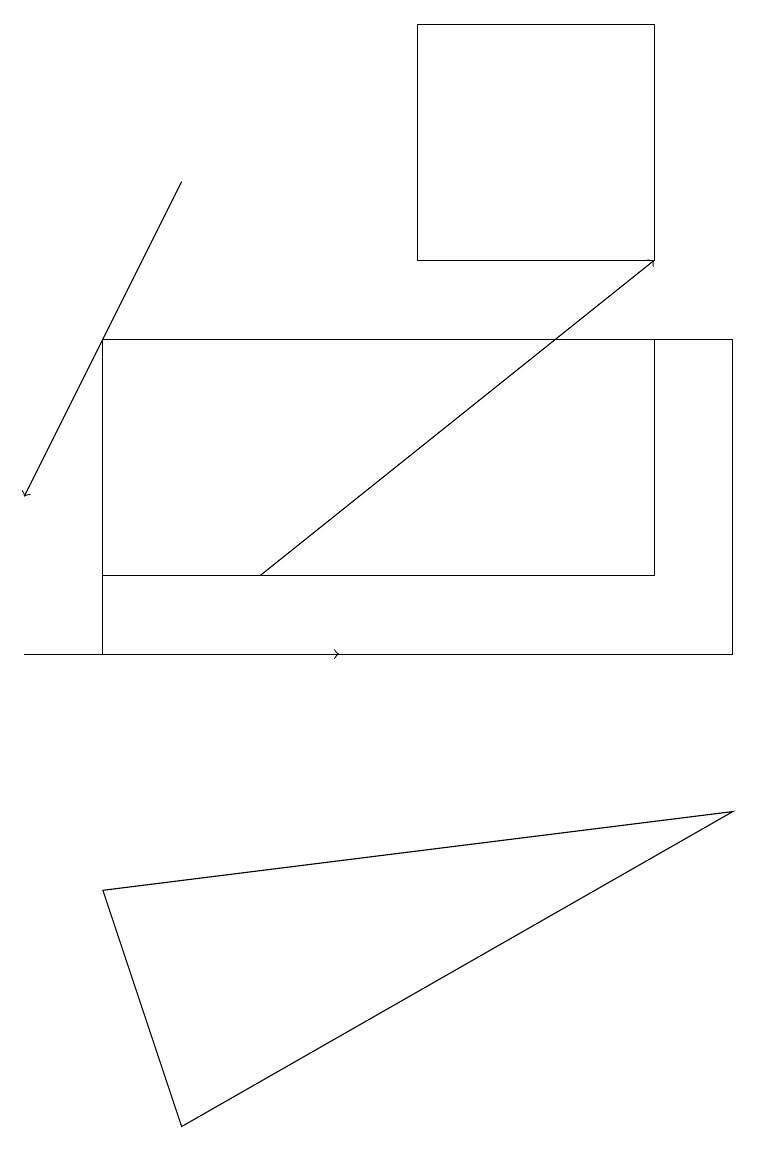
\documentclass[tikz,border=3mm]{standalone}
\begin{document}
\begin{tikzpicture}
\draw[->] (0,11) -- (4,11);
\draw[->] (2,17) -- (0,13);
\draw (1,8) -- (9,9) -- (2,5) -- cycle;
\draw (8,12) rectangle (1,15);
\draw[->] (3,12) -- (8,16);
\draw (8,16) rectangle (5,19);
\draw (1,11) rectangle (9,15);
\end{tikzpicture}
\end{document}